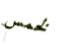
لخمس